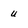
Character: u